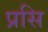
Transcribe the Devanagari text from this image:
प्रसि